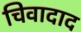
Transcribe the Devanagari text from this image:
चिवादाद